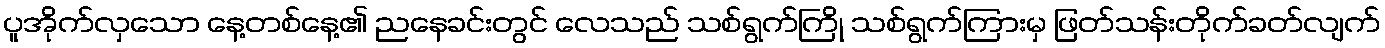
ပူအိုက်လှသော နေ့တစ်နေ့၏ ညနေခင်းတွင် လေသည် သစ်ရွက်ကြို သစ်ရွက်ကြားမှ ဖြတ်သန်းတိုက်ခတ်လျက်